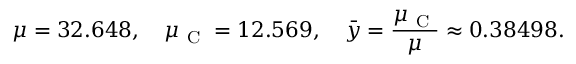
\mu = 3 2 . 6 4 8 , \quad \mu _ { \mathrm { ~ C ~ } } = 1 2 . 5 6 9 , \quad \bar { y } = \frac { \mu _ { \mathrm { ~ C ~ } } } { \mu } \approx 0 . 3 8 4 9 8 .